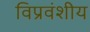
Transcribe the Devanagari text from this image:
विप्रवंशीय